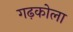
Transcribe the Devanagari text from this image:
गढ़कोला